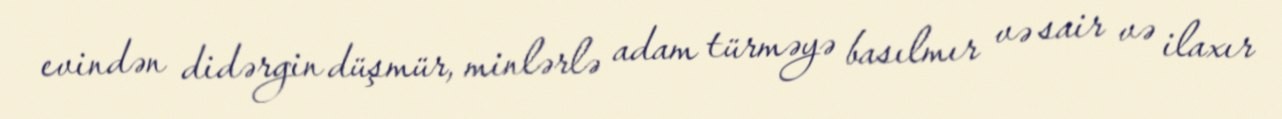
evindən didərgin düşmür, minlərlə adam türməyə basılmır və sair və ilaxır